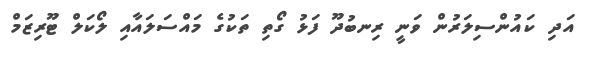
އަދި ކައުންސިލަރުން ވަނީ ރިނބުދޫ ފަޅު ގޯތި ތަކުގެ މައްސަލައާއި ލޯކަލް ޓޫރިޒަމް